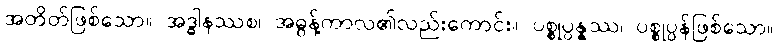
အတိတ်ဖြစ်သော။ အဒ္ဓါနဿစ၊ အဓွန့်ကာလ၏လည်းကောင်း။ ပစ္စုပ္ပန္နဿ၊ ပစ္စုပ္ပန်ဖြစ်သော။